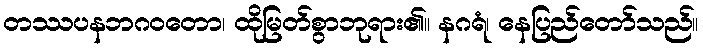
တဿပနဘဂဝတော၊ ထိုမြတ်စွာဘုရား၏။ နဂရံ၊ နေပြည်တော်သည်။